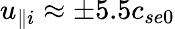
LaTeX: u_{\parallel i}\approx\pm 5.5c_{se0}